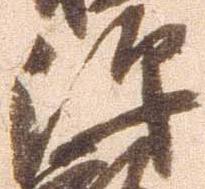
沢